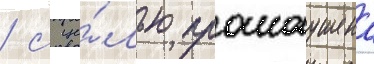
/ с це́лью промоушена